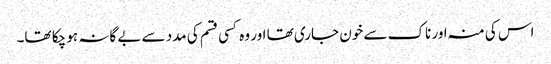
اس کی منہ اور ناک سے خون جاری تھا اور وہ کسی قسم کی مدد سے بے گانہ ہو چکا تھا۔